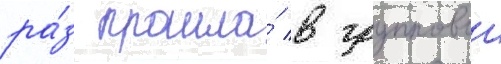
ра́з прошла́ в групповои